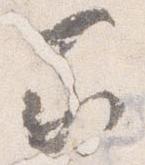
家